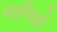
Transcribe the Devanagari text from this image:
ध्वनियो